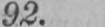
92.